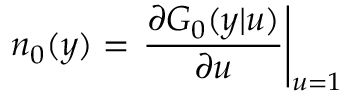
n _ { 0 } ( y ) = \left. \frac { \partial G _ { 0 } ( y | u ) } { \partial u } \right| _ { u = 1 }